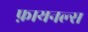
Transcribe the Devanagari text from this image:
फ़ायनल्स